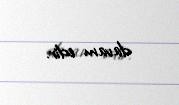
davam edir.